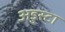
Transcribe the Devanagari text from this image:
अडुस्टा